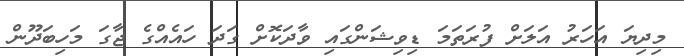
މިދިޔަ އަހަރު އަލަށް ފުރަތަމަ ޑިވިޝަންގައި ވާދަކޮށް ގަދަ ހައެއްގެ ޖާގަ މަހިބަދޫން